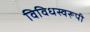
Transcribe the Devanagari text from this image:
विविधस्वरूपी